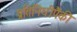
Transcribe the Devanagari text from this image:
प्रतिनिधीपैकी